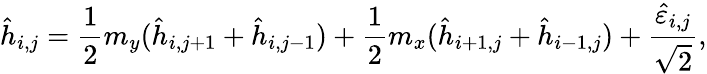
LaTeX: \hat{h}_{i,j}=\frac{1}{2}m_{y}(\hat{h}_{i,j+1}+\hat{h}_{i,j-1})+\frac{1}{2}m_{x}(\hat{h}_{i+1,j}+\hat{h}_{i-1,j})+\frac{\hat{\varepsilon}_{i,j}}{\sqrt{2}},